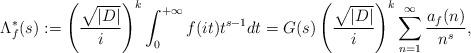
LaTeX: \begin{align*}\Lambda^{*}_f(s):=\left(\frac{\sqrt{|D|}}{i}\right)^k\int^{+\infty}_{0}f(it)t^{s-1}dt=G(s)\left(\frac{\sqrt{|D|}}{i}\right)^k\sum^{\infty}_{n=1}\frac{a_f(n)}{n^s},\end{align*}